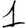
Digit: 1